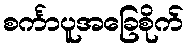
စင်္ကာပူအခြေစိုက်